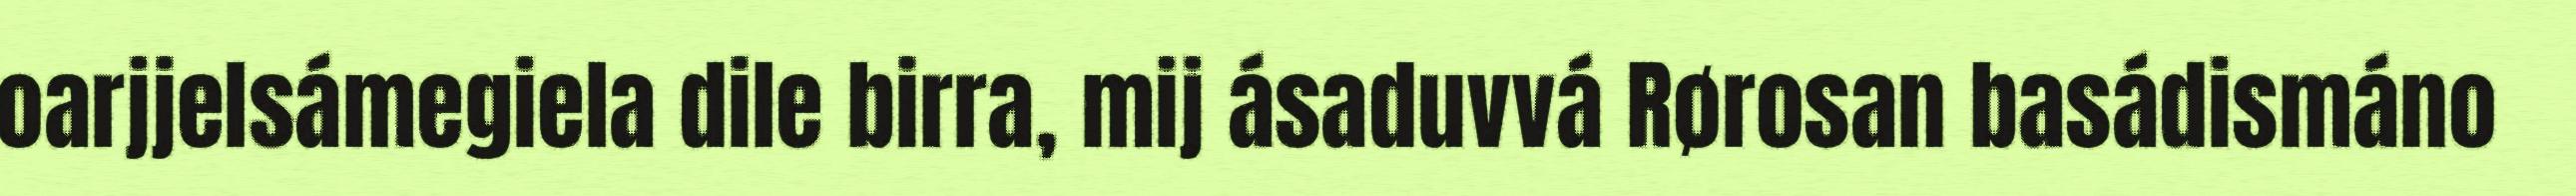
oarjjelsámegiela dile birra, mij ásaduvvá Rørosan basádismáno